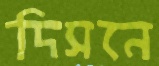
দিসনে